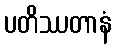
ပတိဿတာနံ